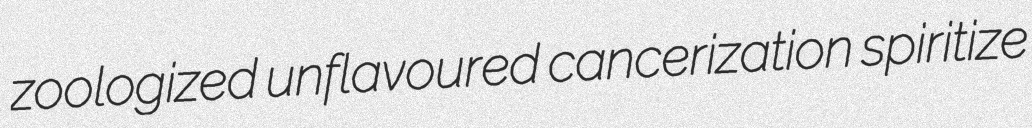
zoologized unflavoured cancerization spiritize